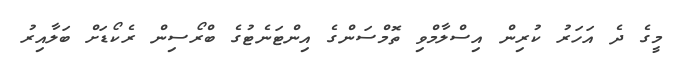
މީގެ ދެ އަހަރު ކުރިން އިސްލާމްވި ތޮމްސަންގެ އިންޓަނެޓުގެ ބްރޯސިން ރެކޯޑަށް ބަލާއިރު